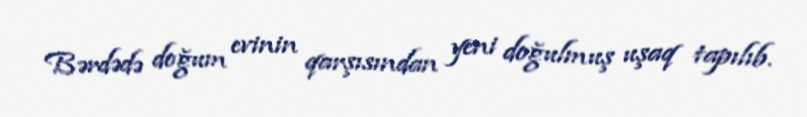
Bərdədə doğum evinin qarşısından yeni doğulmuş uşaq tapılıb.